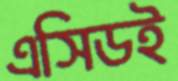
এসিডই